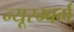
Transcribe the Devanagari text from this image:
न्यूरम्बर्ग